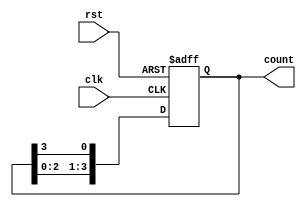
module ring_counter (
    input wire clk,             // Clock signal
    input wire rst,             // Asynchronous Reset
    output reg [3:0] count      // 4-bit ring counter output
);

// Initialize the ring counter to '1000' at reset
always @(posedge clk or posedge rst) begin
    if (rst) begin
        count <= 4'b1000;       // Reset to initial state 1000
    end else begin
        count <= {count[2:0], count[3]}; // Shift the '1' to the right
    end
end

endmodule